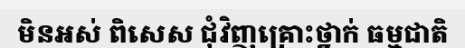
មិនអស់ ពិសេស ជុំវិញគ្រោះថ្នាក់ ធម្មជាតិ